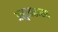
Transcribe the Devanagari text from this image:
असुखकारक